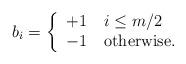
LaTeX: \begin{align*}b_i = \left\{\begin{tabular}{ll}$+1$ & $i \leq m/2$ \\$-1$ & otherwise.\end{tabular}\right.\end{align*}